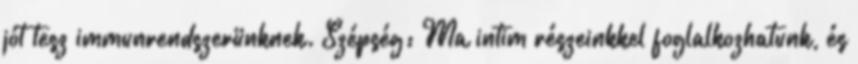
jót tesz immunrendszerünknek. Szépség: Ma intim részeinkkel foglalkozhatunk, és